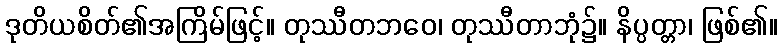
ဒုတိယစိတ်၏အကြိမ်ဖြင့်။ တုဿီတဘဝေ၊ တုဿီတာဘုံ၌။ နိပ္ပတ္တာ၊ ဖြစ်၏။